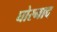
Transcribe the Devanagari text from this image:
घोरनाद